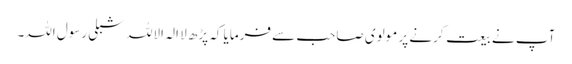
آپ نے بیعت کرنے پر مولوی صاحب سے فرمایا کہ پڑھ لا الہ الاللہ شبلی رسول اللہ۔